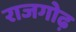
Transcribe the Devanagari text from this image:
राजगोढ़